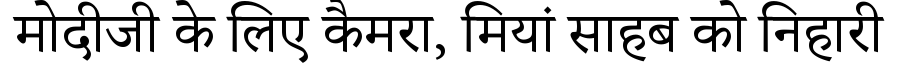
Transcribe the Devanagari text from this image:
मोदीजी के लिए कैमरा, मियां साहब को निहारी